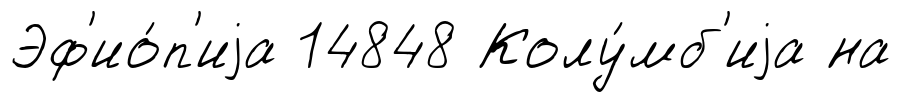
Эф'ио́п'иjа 14848 Колу́мб'иjа на